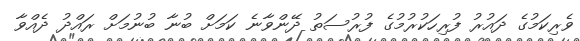
ވެރިކަމުގެ ދައުރު ފުރިހަކުރުމުގެ ފުރުސަތު ދޭންވާނެ ކަމަށް ބުނާ ބުނުމަށް ރައްދު ދެއްވާ